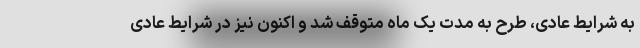
به شرایط عادی، طرح به مدت یک ماه متوقف شد و اکنون نیز در شرایط عادی